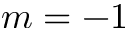
m = - 1